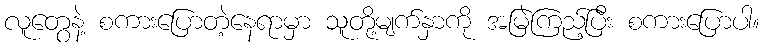
လူတွေနဲ့ စကားပြောတဲ့နေရာမှာ သူတို့မျက်နှာကို အမြဲကြည့်ပြီး စကားပြောပါ။